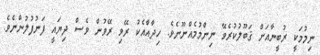
ނިމުމަކީ ރުބީނާއަށް ޤަބޫލުކުރެވޭ ނިންމުމެއްނޫނެވެ. ހިދާއާއެކު ރޭވި ރޭވުން ވެސް ދިޔައީ ފަނުފުލުންނެވެ.